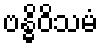
ဗန္ဓိဝိသမံ